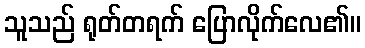
သူသည် ရုတ်တရက် ပြောလိုက်လေ၏။